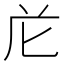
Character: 𭅐